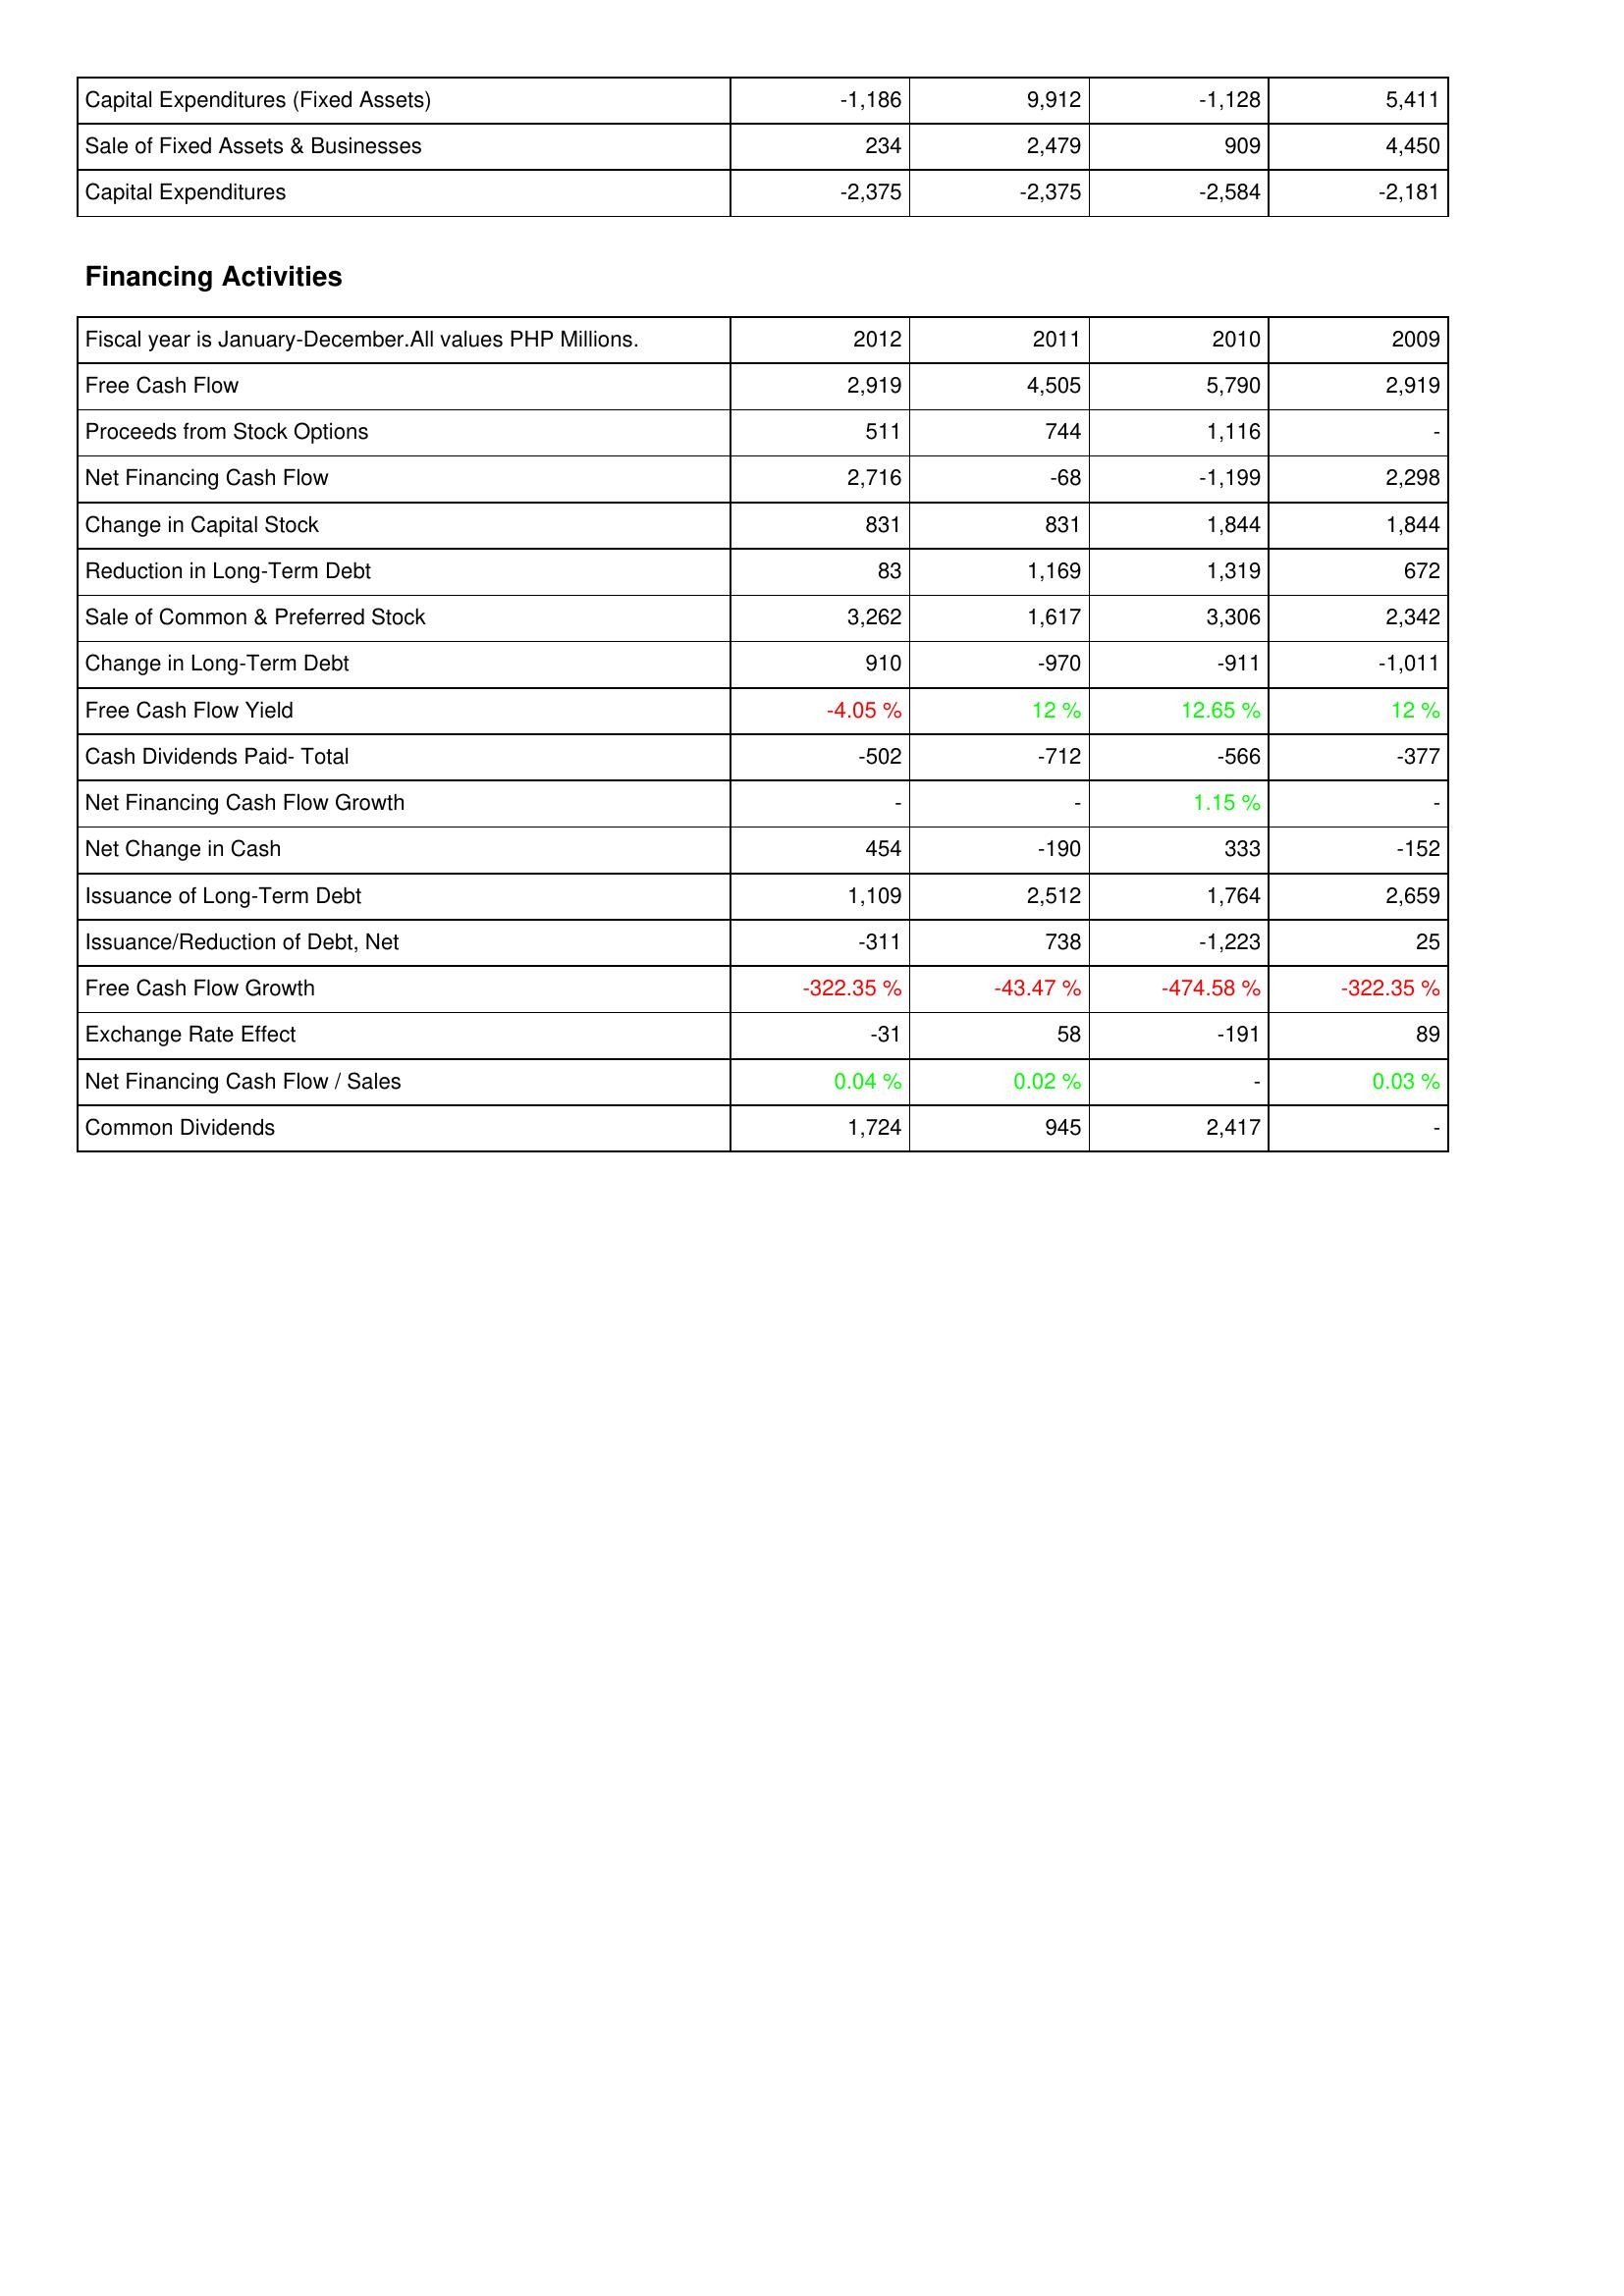
2012: Investing Activities: Capital Expenditures (Fixed Assets): -1,186
Sale of Fixed Assets & Businesses: 234
Capital Expenditures: -2,375
Financing Activities: Free Cash Flow: 2,919
Proceeds from Stock Options: 511
Net Financing Cash Flow: 2,716
Change in Capital Stock: 831
Reduction in Long-Term Debt: 83
Sale of Common & Preferred Stock: 3,262
Change in Long-Term Debt: 910
Free Cash Flow Yield: -4.05 %
Cash Dividends Paid- Total: -502
Net Financing Cash Flow Growth: -
Net Change in Cash: 454
Issuance of Long-Term Debt: 1,109
Issuance/Reduction of Debt, Net: -311
Free Cash Flow Growth: -322.35 %
Exchange Rate Effect: -31
Net Financing Cash Flow / Sales: 0.04 %
Common Dividends: 1,724
2011: Investing Activities: Capital Expenditures (Fixed Assets): 9,912
Sale of Fixed Assets & Businesses: 2,479
Capital Expenditures: -2,375
Financing Activities: Free Cash Flow: 4,505
Proceeds from Stock Options: 744
Net Financing Cash Flow: -68
Change in Capital Stock: 831
Reduction in Long-Term Debt: 1,169
Sale of Common & Preferred Stock: 1,617
Change in Long-Term Debt: -970
Free Cash Flow Yield: 12 %
Cash Dividends Paid- Total: -712
Net Financing Cash Flow Growth: -
Net Change in Cash: -190
Issuance of Long-Term Debt: 2,512
Issuance/Reduction of Debt, Net: 738
Free Cash Flow Growth: -43.47 %
Exchange Rate Effect: 58
Net Financing Cash Flow / Sales: 0.02 %
Common Dividends: 945
2010: Investing Activities: Capital Expenditures (Fixed Assets): -1,128
Sale of Fixed Assets & Businesses: 909
Capital Expenditures: -2,584
Financing Activities: Free Cash Flow: 5,790
Proceeds from Stock Options: 1,116
Net Financing Cash Flow: -1,199
Change in Capital Stock: 1,844
Reduction in Long-Term Debt: 1,319
Sale of Common & Preferred Stock: 3,306
Change in Long-Term Debt: -911
Free Cash Flow Yield: 12.65 %
Cash Dividends Paid- Total: -566
Net Financing Cash Flow Growth: 1.15 %
Net Change in Cash: 333
Issuance of Long-Term Debt: 1,764
Issuance/Reduction of Debt, Net: -1,223
Free Cash Flow Growth: -474.58 %
Exchange Rate Effect: -191
Net Financing Cash Flow / Sales: -
Common Dividends: 2,417
2009: Investing Activities: Capital Expenditures (Fixed Assets): 5,411
Sale of Fixed Assets & Businesses: 4,450
Capital Expenditures: -2,181
Financing Activities: Free Cash Flow: 2,919
Proceeds from Stock Options: -
Net Financing Cash Flow: 2,298
Change in Capital Stock: 1,844
Reduction in Long-Term Debt: 672
Sale of Common & Preferred Stock: 2,342
Change in Long-Term Debt: -1,011
Free Cash Flow Yield: 12 %
Cash Dividends Paid- Total: -377
Net Financing Cash Flow Growth: -
Net Change in Cash: -152
Issuance of Long-Term Debt: 2,659
Issuance/Reduction of Debt, Net: 25
Free Cash Flow Growth: -322.35 %
Exchange Rate Effect: 89
Net Financing Cash Flow / Sales: 0.03 %
Common Dividends: -